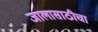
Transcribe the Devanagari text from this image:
जालासाठीचा